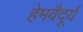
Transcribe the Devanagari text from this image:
हेमवैदूर्य